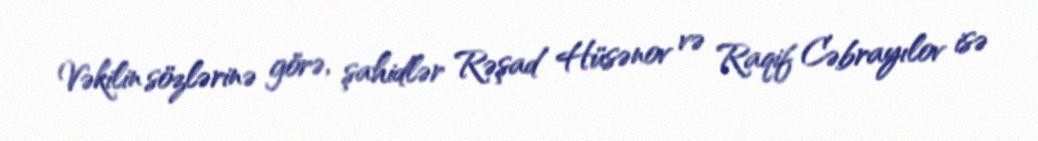
Vəkilin sözlərinə görə, şahidlər Rəşad Hüsənov və Raqif Cəbrayılov isə